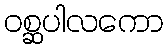
ဝစ္ဆပါလကော